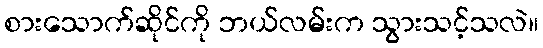
စားသောက်ဆိုင်ကို ဘယ်လမ်းက သွားသင့်သလဲ။